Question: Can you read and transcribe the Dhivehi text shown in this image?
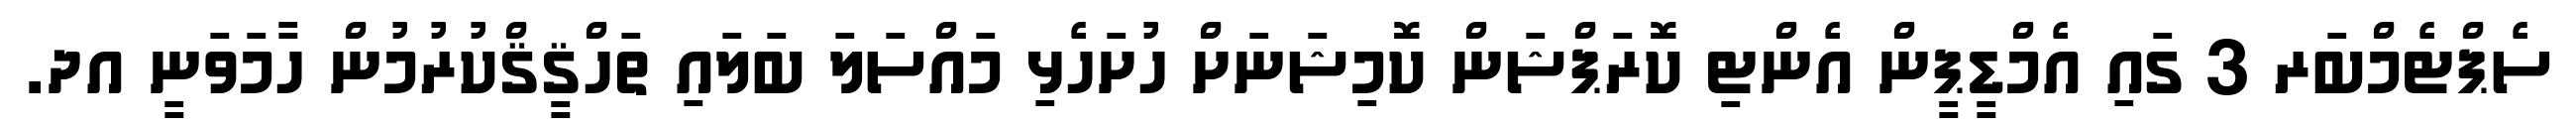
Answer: ސެޕްޓެމްބަރ 3 ގައި އެމްޑީޕީން އެންޓި ކޮރަޕްޝަން ކޮމިޝަނަށް ހުށަހެޅި މައްސަލަ ބަލައި ތަހްޤީޤްކުރުމުން ހާމަވަނީ އދ.